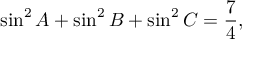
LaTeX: \sin ^ { 2 } A + \sin ^ { 2 } B + \sin ^ { 2 } C = { \frac { 7 } { 4 } } ,